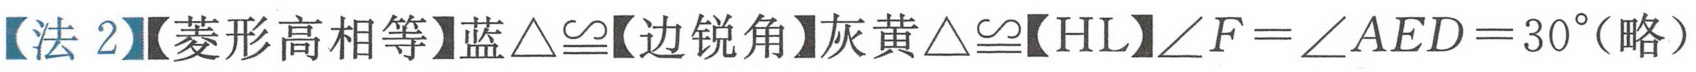
【法 2】【菱形高相等】蓝\(\triangle\cong\)【边锐角】灰黄\(\triangle\cong\)【HL】\(\angle F=\angle AED = 30^{\circ}\)(略)